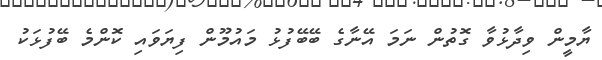
ޔާމީން ވިދާޅުވާ ގޮތުން ނަމަ އޭނާގެ ބޭބޭފުޅު މައުމޫން ފިޔަވައި ކޮންމެ ބޭފުޅަކު